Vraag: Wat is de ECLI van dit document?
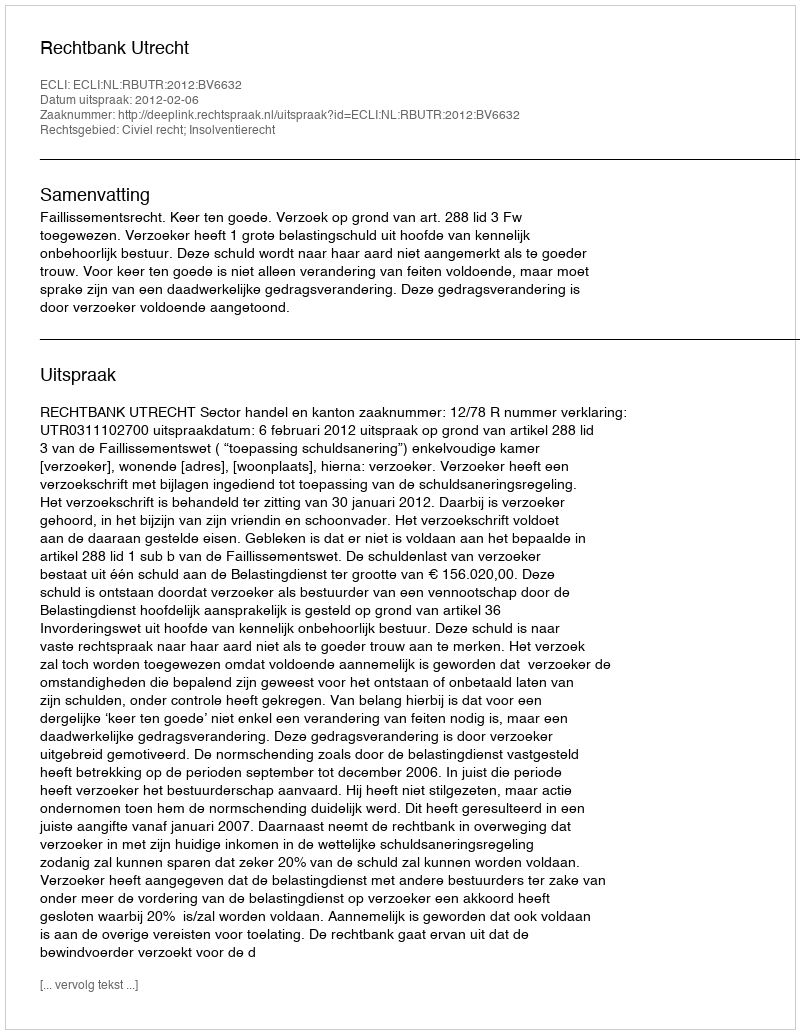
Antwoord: ECLI:NL:RBUTR:2012:BV6632